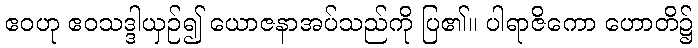
ဧဝဟု ဧဝသဒ္ဒါယှဉ်၍ ယောဇနာအပ်သည်ကို ပြ၏။ ပါရာဇိကော ဟောတိ၌